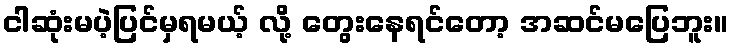
ငါဆုံးမပဲ့ပြင်မှရမယ့် လို့ တွေးနေရင်တော့ အဆင်မပြေဘူး။